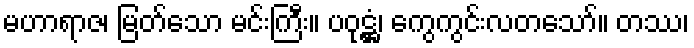
မဟာရာဇ၊ မြတ်သော မင်းကြီး။ ပဝုဋ္ဌံ၊ ကွေကွင်းလတသော်။ တဿ၊